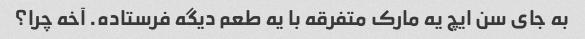
به جای سن ایچ یه مارک متفرقه با یه طعم دیگه فرستاده. آخه چرا؟